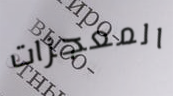
المعجزات